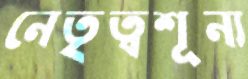
নেতৃত্বশূন্য